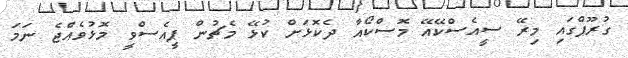
ގުރޫޕްގައި މިރޭ ސީއެސްކޭއޭ މޮސްކޯއާ ދެކޮޅަށް ކުޅޭ މެޗުން ޕީއެސްވީ މޮޅުވެއްޖެ ނަަމަ